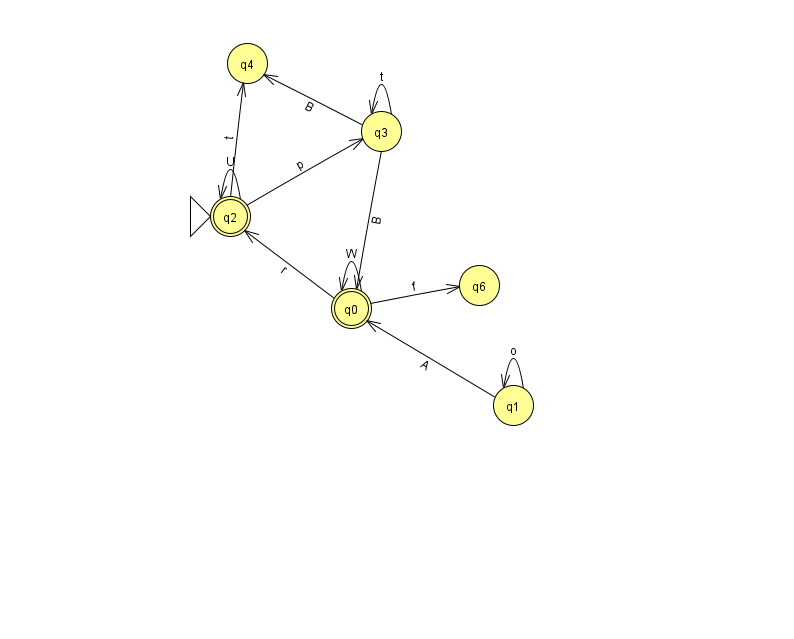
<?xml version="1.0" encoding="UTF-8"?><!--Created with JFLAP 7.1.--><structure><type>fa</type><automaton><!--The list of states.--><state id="0" name="q0"><x>351.0</x><y>295.0</y><final/></state><state id="1" name="q1"><x>513.0</x><y>392.0</y></state><state id="2" name="q2"><x>230.0</x><y>203.0</y><initial/><final/></state><state id="3" name="q3"><x>381.0</x><y>118.0</y></state><state id="4" name="q4"><x>247.0</x><y>50.0</y></state><state id="6" name="q6"><x>479.0</x><y>272.0</y></state><!--The list of transitions.--><transition><from>0</from><to>2</to><read>r</read></transition><transition><from>3</from><to>3</to><read>t</read></transition><transition><from>3</from><to>4</to><read>B</read></transition><transition><from>2</from><to>2</to><read>U</read></transition><transition><from>0</from><to>0</to><read>W</read></transition><transition><from>0</from><to>6</to><read>f</read></transition><transition><from>1</from><to>0</to><read>A</read></transition><transition><from>2</from><to>3</to><read>p</read></transition><transition><from>3</from><to>0</to><read>B</read></transition><transition><from>2</from><to>4</to><read>t</read></transition><transition><from>1</from><to>1</to><read>o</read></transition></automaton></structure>